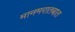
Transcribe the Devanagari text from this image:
मानमरातबात